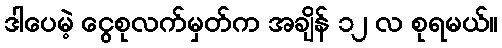
ဒါပေမဲ့ ငွေစုလက်မှတ်က အချိန် ၁၂ လ စုရမယ်။